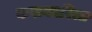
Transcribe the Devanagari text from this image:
कसकारिला